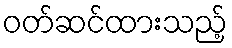
ဝတ်ဆင်ထားသည့်